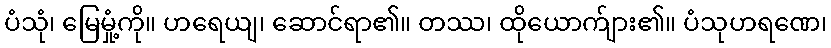
ပံသုံ၊ မြေမှုံ့ကို။ ဟရေယျ၊ ဆောင်ရာ၏။ တဿ၊ ထိုယောက်ျား၏။ ပံသုဟရဏေ၊